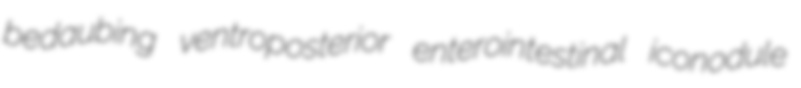
bedaubing ventroposterior enterointestinal iconodule